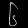
Digit: ၆